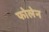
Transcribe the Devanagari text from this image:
फोलेन